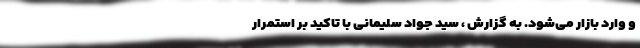
و وارد بازار می‌شود. به گزارش ، سید جواد سلیمانی با تاکید بر استمرار